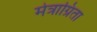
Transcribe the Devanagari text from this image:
मेत्राग्रिता